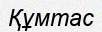
Құмтас